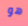
هو